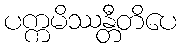
ပက္ကမိဿန္တီတိပေ